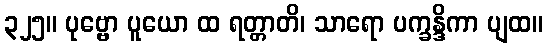
၃၂၅။ ပုဗ္ဗော ပူယော ထ ရတ္တာတိ၊ သာရော ပက္ခန္ဒိကာ ပျထ။